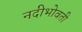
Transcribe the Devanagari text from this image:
नदीभोवती